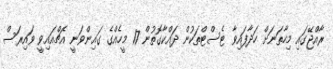
ރާއްޖޭގައި މިހާތަނަށް ހަދާފައިވާ ޓެސްޓްތަކުން ދައްކާގޮތުން 17 މީހެއްގެ ގައިންވަނީ އެޗްއައިވީ ވައިރަސް